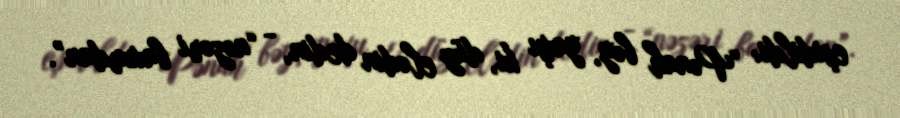
eşidildi: “Pənah bəy, yaxşı ki, düz elədin dedin, - “nəzəri baxımdan”.